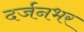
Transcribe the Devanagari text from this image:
दर्जनभर